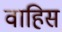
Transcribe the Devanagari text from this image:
वाहिस